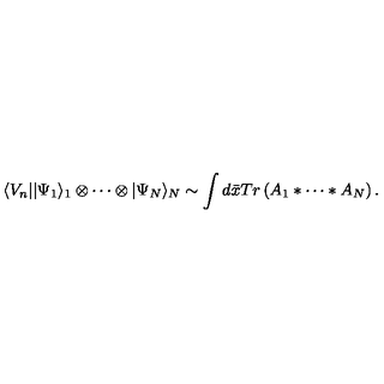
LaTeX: \langle V _ { n } | | \Psi _ { 1 } \rangle _ { 1 } \otimes \cdots \otimes | \Psi _ { N } \rangle _ { N } \sim \int d \bar { x } T r \left( A _ { 1 } \ast \cdots \ast A _ { N } \right) .